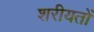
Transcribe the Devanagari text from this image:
शरीयतों